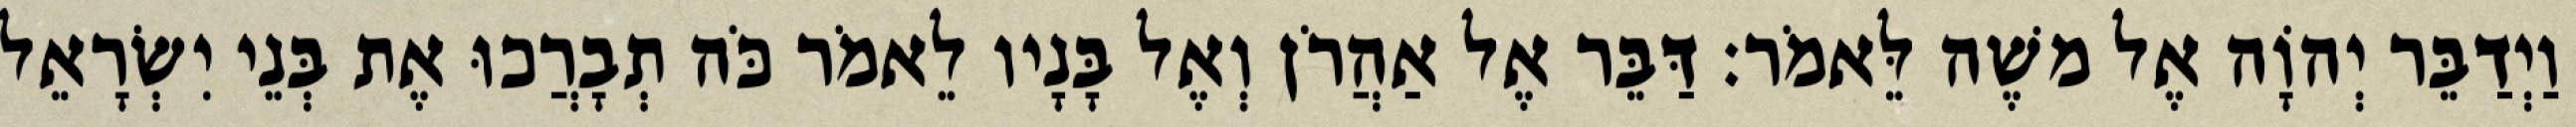
וַיְדַבֵּר יְהוָֹה אֶל משֶׁה לֵּאמֹר׃ דַּבֵּר אֶל אַהֲרֹן וְאֶל בָּנָיו לֵאמֹר כֹּה תְבָרֲכוּ אֶת בְּנֵי יִשְׂרָאֵל